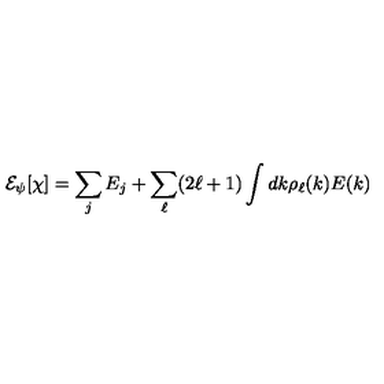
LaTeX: { \cal E } _ { \psi } [ \chi ] = \sum _ { j } E _ { j } + \sum _ { \ell } ( 2 \ell + 1 ) \int d k \rho _ { \ell } ( k ) E ( k )